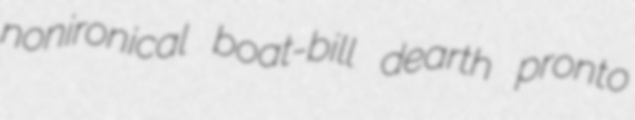
nonironical boat-bill dearth pronto